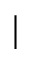
|